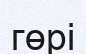
гөрі